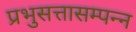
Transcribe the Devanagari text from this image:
प्रभुसत्तासम्पन्न